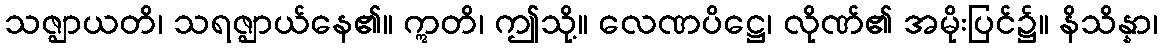
သဇ္ဈာယတိ၊ သရဇ္ဈာယ်နေ၏။ ဣတိ၊ ဤသို့။ လေဏပိဋ္ဌေ၊ လိုဏ်၏ အမိုးပြင်၌။ နိသိန္နာ၊